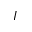
I